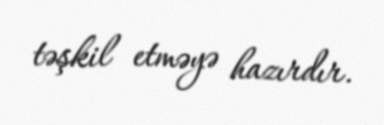
təşkil etməyə hazırdır.